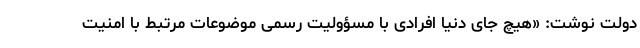
دولت نوشت: «هیچ جای دنیا افرادی با مسؤولیت رسمی موضوعات مرتبط با امنیت